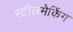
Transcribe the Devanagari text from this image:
स्टीलमेकिंग